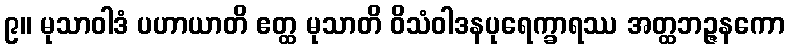
၉။ မုသာဝါဒံ ပဟာယာတိ ဧတ္ထ မုသာတိ ဝိသံဝါဒနပုရေက္ခာရဿ အတ္ထဘဉ္ဇနကော